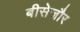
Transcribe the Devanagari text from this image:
बीसेजौर